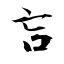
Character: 吂